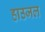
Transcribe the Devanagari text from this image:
हाउजल